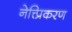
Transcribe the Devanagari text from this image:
नेत्त्प्रिकरण